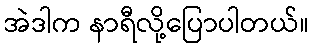
အဲဒါက နာရီလို့ပြောပါတယ်။